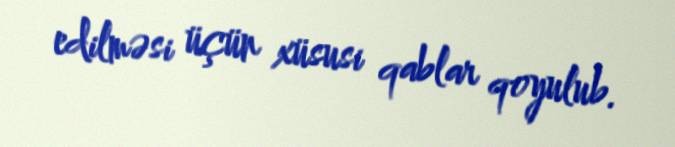
edilməsi üçün xüsusi qablar qoyulub.